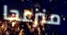
منزعجا